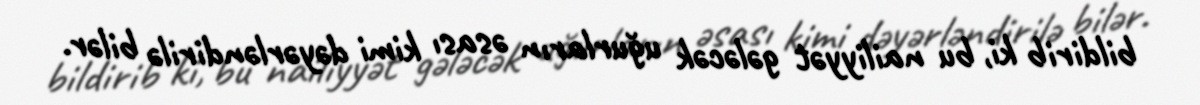
bildirib ki, bu nailiyyət gələcək uğurların əsası kimi dəyərləndirilə bilər.